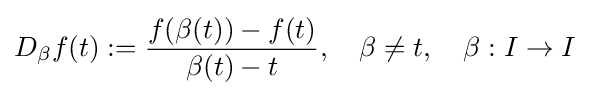
D_{\beta }f(t):={\frac {f(\beta (t))-f(t)}{\beta (t)-t}},\quad \beta \neq t,\quad \beta :I\to I